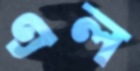
এল